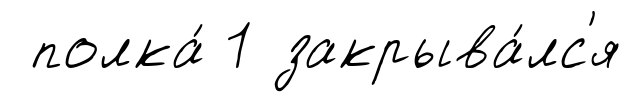
полка́ 1 закрыва́лс'я